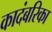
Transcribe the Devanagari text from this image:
कादंबरिका